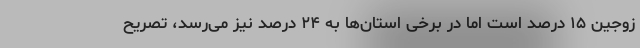
زوجین ۱۵ درصد است اما در برخی استان‌ها به ۲۴ درصد نیز می‌رسد، تصریح